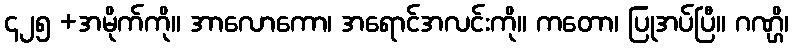
၄၂၅ +အမိုက်ကို။ အာလောကော၊ အရောင်အလင်းကို။ ကတော၊ ပြုအပ်ပြီ။ ဂဏ္ဌိ၊